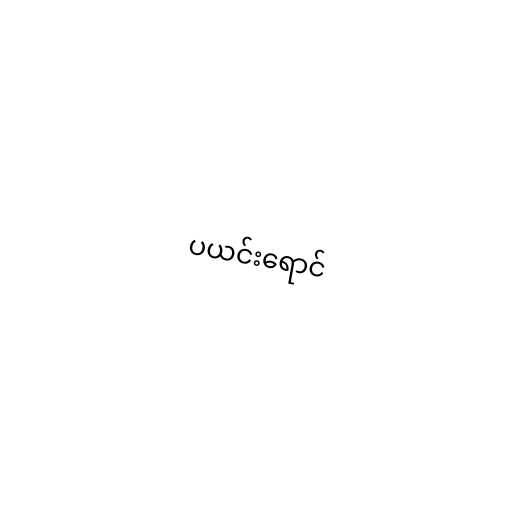
ပယင်းရောင်